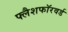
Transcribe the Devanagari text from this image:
फ्लैशफॉरवर्ड